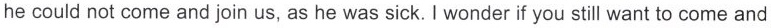
he could not come and join us, as he was sick. I wonder if you still want to come and